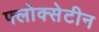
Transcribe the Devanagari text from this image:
फ्लोक्सेटीन